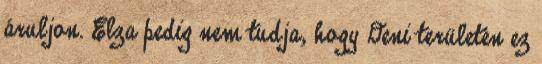
áruljon. Elza pedig nem tudja, hogy Deni területén ez